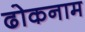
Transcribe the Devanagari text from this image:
ढोकनाम